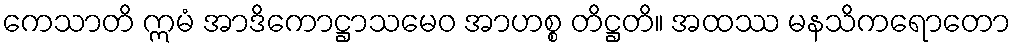
ကေသာတိ ဣမံ အာဒိကောဋ္ဌာသမေဝ အာဟစ္စ တိဋ္ဌတိ။ အထဿ မနသိကရောတော